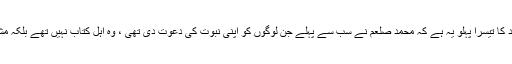
اس بات کی تردید کا تیسرا پہلو یہ ہے کہ محمد صلعم نے سب سے پہلے جن لوگوں کو اپنی نبوت کی دعوت دی تھی ، وہ اہل کتاب نہیں تھے بلکہ مشرکین مکہ تھے۔